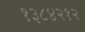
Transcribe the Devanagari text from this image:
१३८४२१२